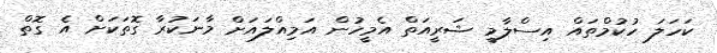
ކަހަލަ ހުކުމްތައް އިސްލާމީ ޝަރީއަތް އެމީހުން އަމިއްލައަށް މާނަކުރާ ގޮތަކަށް އެ ގޮތް